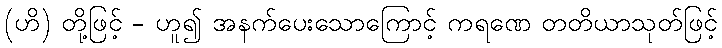
(ဟိ) တို့ဖြင့် - ဟူ၍ အနက်ပေးသောကြောင့် ကရဏေ တတိယာသုတ်ဖြင့်